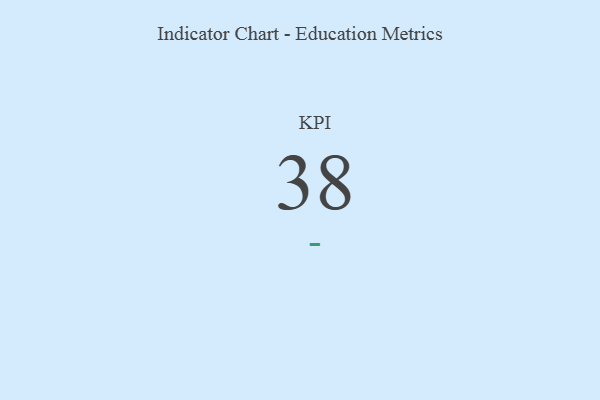
{"axis": {"x": "KPI", "y": "Value"}, "legend": [""], "data": [{"x": "KPI", "y": 38, "type": ""}]}